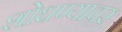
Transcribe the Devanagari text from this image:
शोधण्यावर